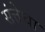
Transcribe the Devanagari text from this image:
संत्तेचा